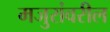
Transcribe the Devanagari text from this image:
मजुरांवरील